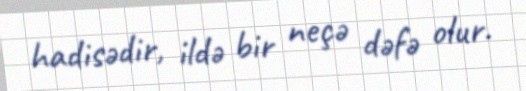
hadisədir, ildə bir neçə dəfə olur.